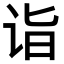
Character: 诣